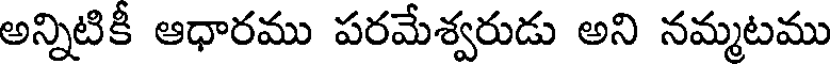
అన్నిటికీ ఆధారము పరమేశ్వరుడు అని నమ్మటము